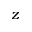
z